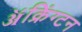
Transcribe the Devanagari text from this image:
ॲक्रिंग्टन